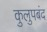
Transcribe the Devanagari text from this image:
कुलुपबंद